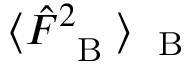
\langle \hat { F } _ { \mathrm { ~ \tiny ~ B ~ } } ^ { 2 } \rangle _ { \mathrm { ~ \tiny ~ B ~ } }